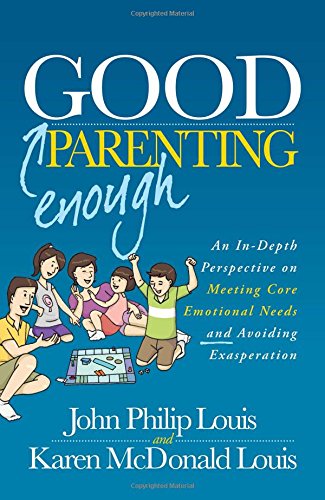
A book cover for Good Enough Parenting: An In-Depth Perspective on Meeting Core Emotional Needs and Avoiding Exasperation; John Philip Louis; Parenting & Relationships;